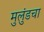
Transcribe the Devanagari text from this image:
मुलुंडचा